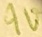
Text: 9V